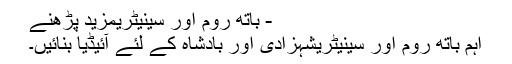
- باتھ روم اور سینیٹریمزید پڑھنے
اہم باتھ روم اور سینیٹریشہزادی اور بادشاہ کے لئے آئیڈیا بنائیں۔